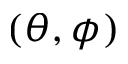
( \theta , \phi )